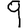
Digit: 9